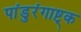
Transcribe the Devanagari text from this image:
पांडुरंगाष्ट्क